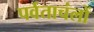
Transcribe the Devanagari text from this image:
पर्वताचंलों